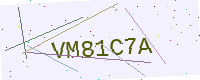
Text: VM81C7A